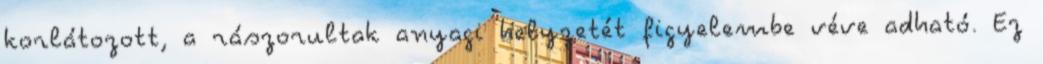
korlátozott, a rászorultak anyagi helyzetét figyelembe véve adható. Ez